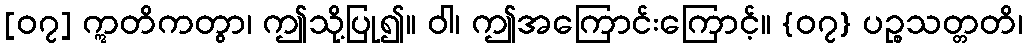
[၀၇] ဣတိကတွာ၊ ဤသို့ပြု၍။ ဝါ၊ ဤအကြောင်းကြောင့်။ {၀၇} ပဉ္စသတ္တတိ၊